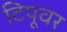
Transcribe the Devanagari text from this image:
टिपूवर